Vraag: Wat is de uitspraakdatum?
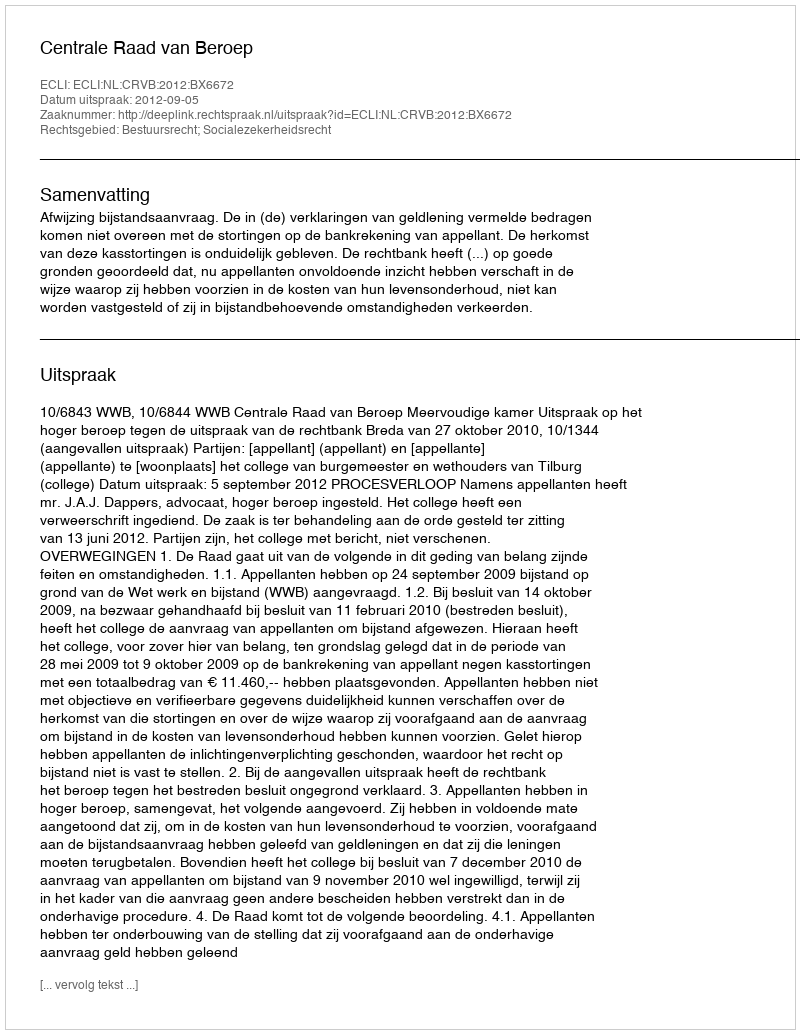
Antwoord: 2012-09-05